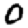
Digit: 0